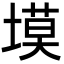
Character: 塻